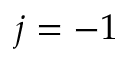
j = - 1